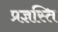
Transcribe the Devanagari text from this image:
प्रज्ञस्ति